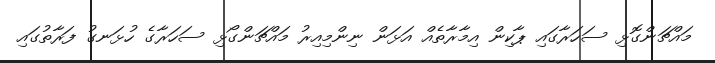
މައްޗަންގޮޅި ސަހަރާގައި ޕާކިން އިމާރާތެއް އަޅަން ނިންމިއިރު މައްޗަންގޯޅި ސަހަރާގެ ހުޅަނގު ފަރާތުގައި